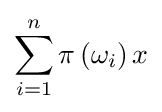
\sum _{i=1}^{n}\pi \left(\omega _{i}\right)x